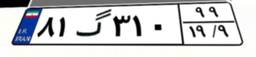
۸۱گ۳۱۰۹۹